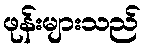
ဖုန်းများသည်